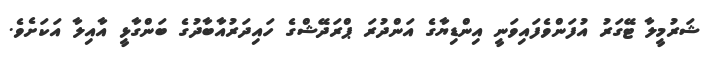
ޝަރުމީލާ ޓޭގަރު އުފަންވެފައިވަނީ އިންޑިޔާގެ އަންދުރަ ޕްރަދޭޝްގެ ހައިދަރުއާބާދުގެ ބަންގާޅީ އާއިލާ އަކަށެވެ.